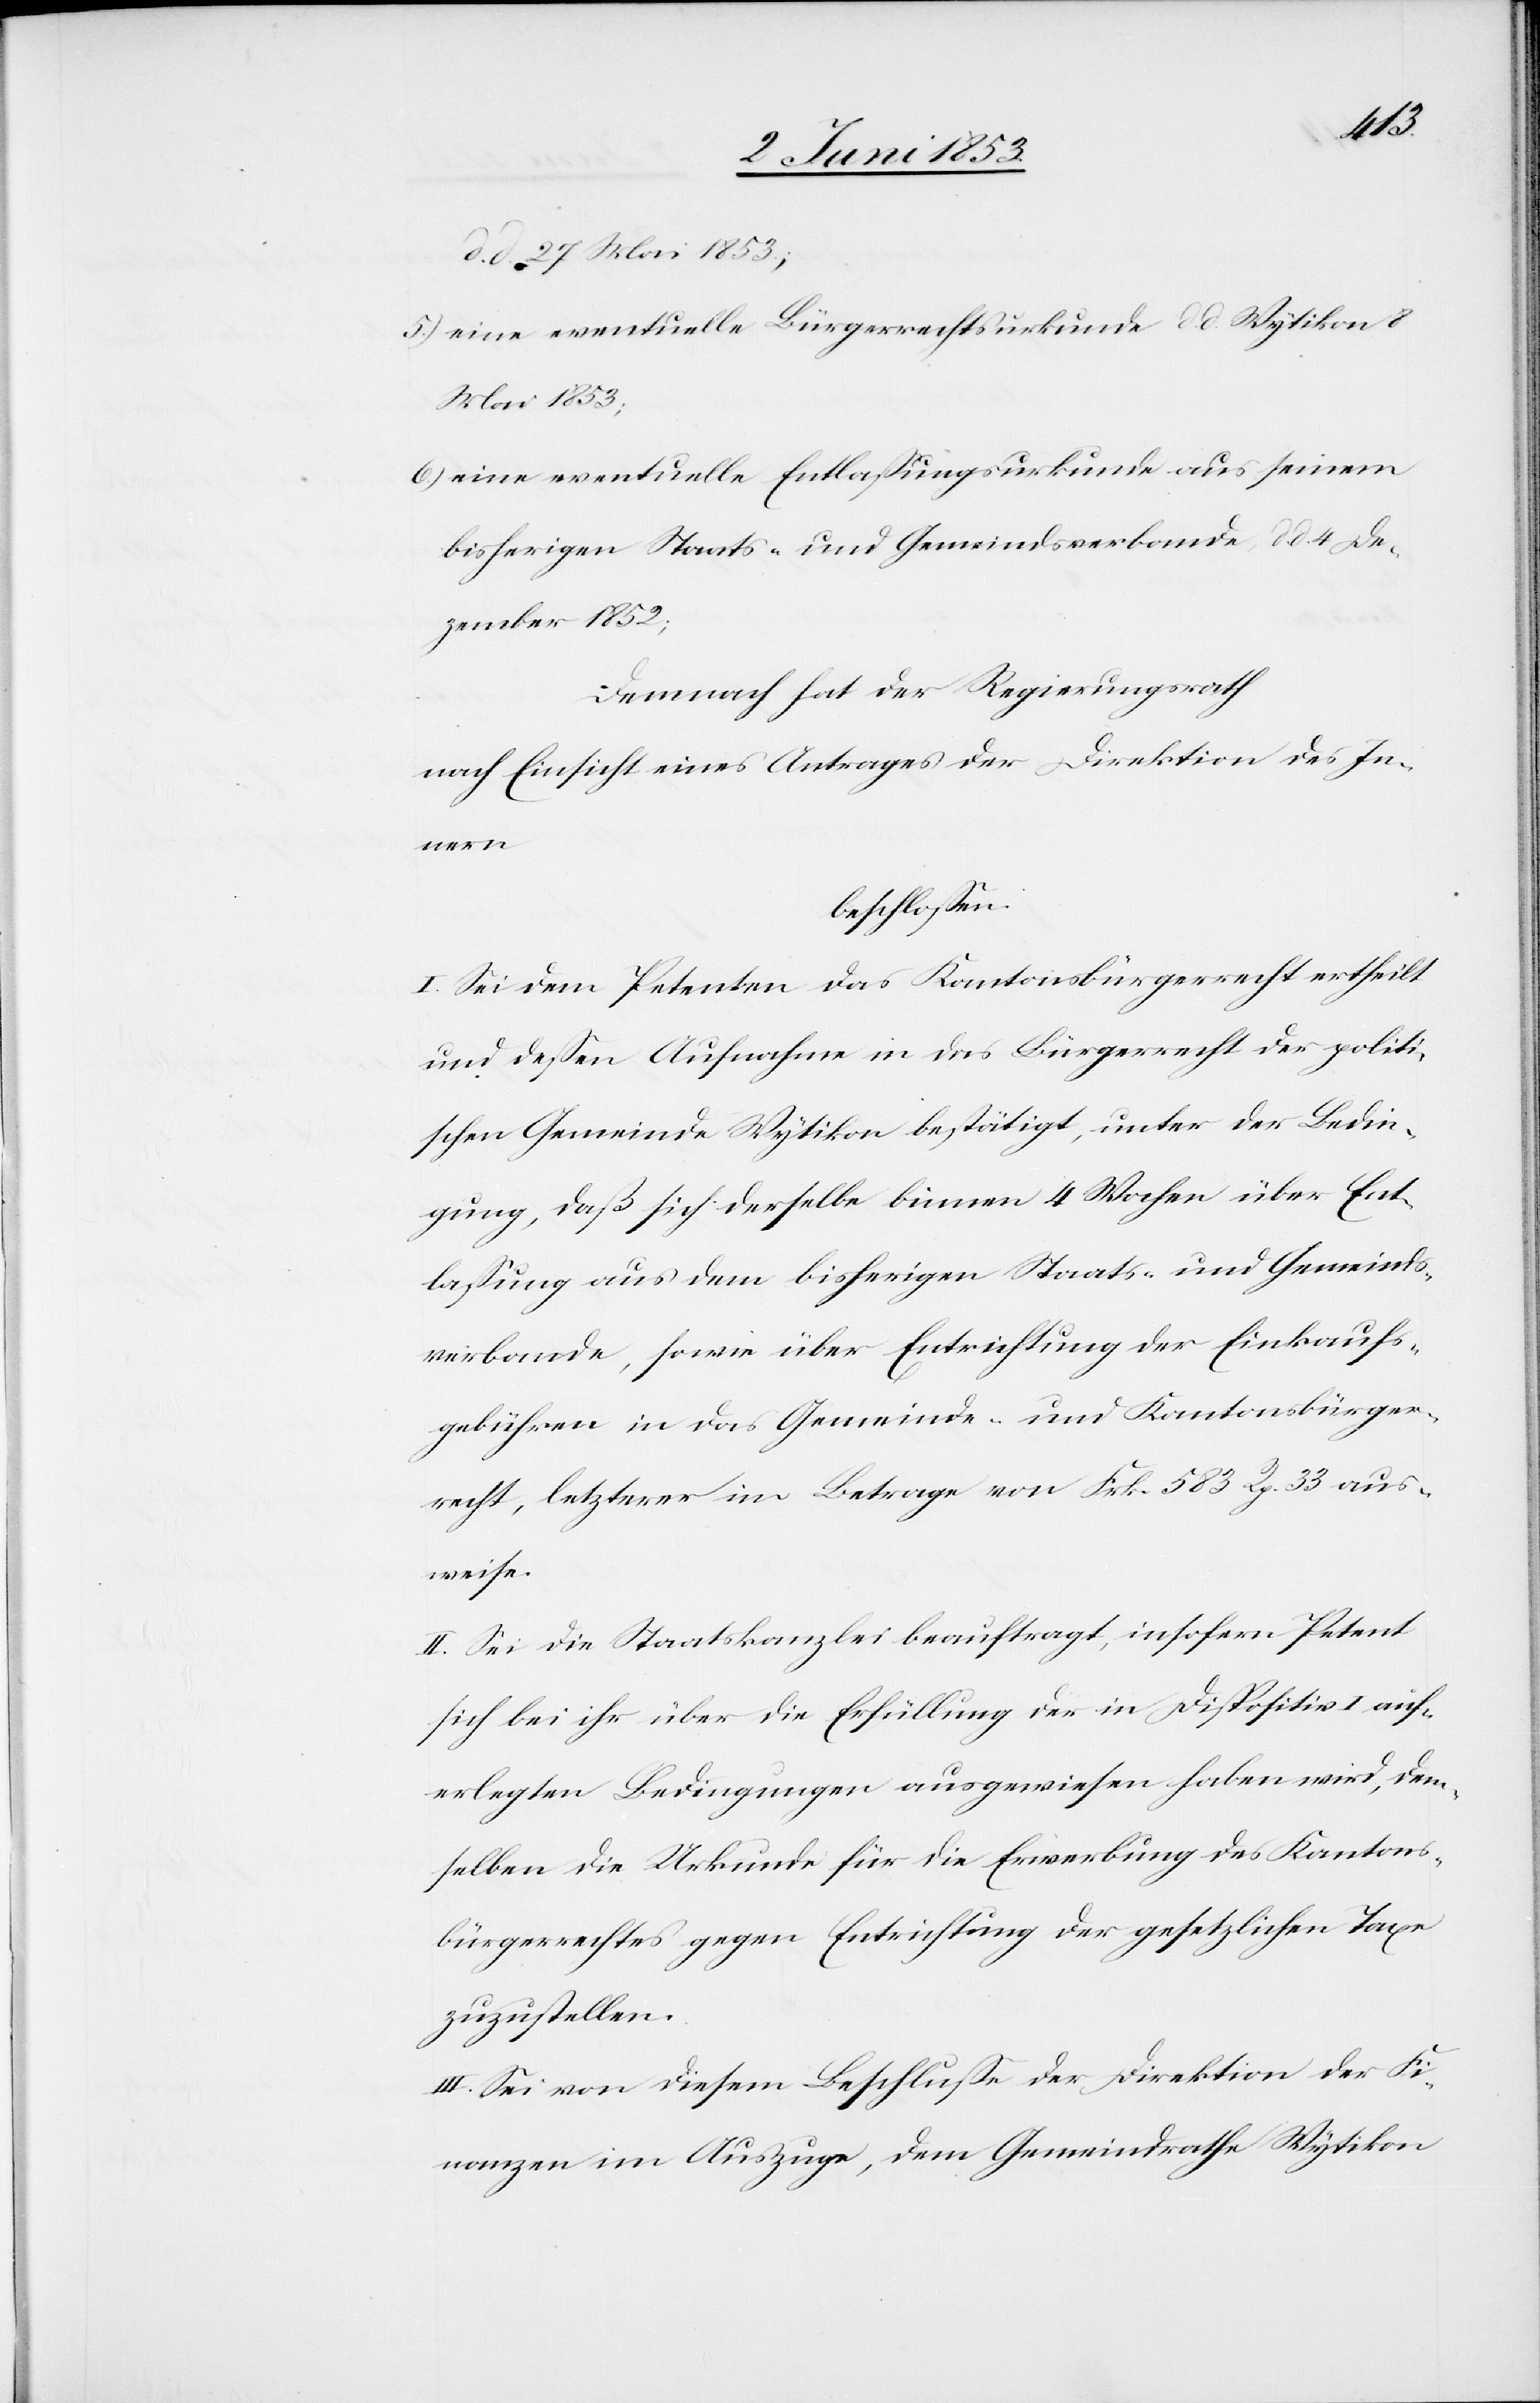
d. d. 27 Mai 1853;
5.) eine eventuelle Bürgerrechtsurkunde d. d. Wytikon 8
Mai 1853;
6.) eine eventuelle Entlaßungsurkunde aus seinem
bisherigen Staats- und Gemeindsverbande d. d. 4 De¬
zember 1852;
Demnach hat der Regierungsrath
nach Einsicht eines Antrages der Direktion des In¬
nern
beschloßen:
I. Sei dem Petenten das Kantonsbürgerrecht ertheilt
und deßen Aufnahme in das Bürgerrecht der politi¬
schen Gemeinde Wytikon bestätigt, unter der Bedin¬
gung, daß sich derselbe binnen 4 Wochen über Ent¬
laßung aus dem bisherigen Staats- und Gemeinds¬
verbande, sowie über Entrichtung der Einkaufs¬
gebühren in das Gemeinds- und Kantonsbürger¬
recht, letzterer im Betrage von Frk. 583 Rp. 33 aus¬
weise.
II. Sei die Staatskanzlei beauftragt, insofern Petent
sich bei ihr über die Erfüllung der in Dispositiv I auf¬
erlegten Bedingungen ausgewiesen haben wird, dem¬
selben die Urkunde für die Erwerbung des Kantons¬
bürgerrechtes gegen Entrichtung der gesetzlichen Taxe
zuzustellen.
III. Sei von diesem Beschluße der Direktion der Fi¬
nanzen im Auszuge, dem Gemeindrathe Wytikon